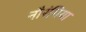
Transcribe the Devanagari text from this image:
नौरंगिया